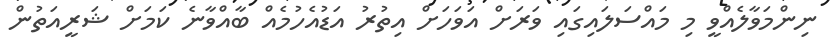
ނިންމަވާލެއްވީ މި މައްސަލައިގައި ވަރަށް އަވަހަށް އިތުރު އަޑުއެހުމެއް ބާއްވާނެ ކަމަށް ޝަރީއަތުން